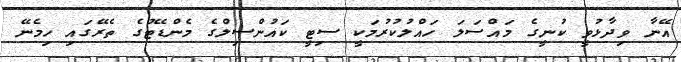
އޭނާ ވިދާޅުވީ ކުނީގެ މައްސަލަ ހައްލުކުރުމަކީ ސިޓީ ކައުންސިލްގެ މެންޑޭޓުގެ ތެރޭގައި ހިމެނޭ